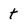
Character: t